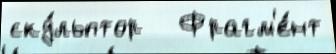
ску́льптор   Фрагм'е́нт